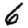
Digit: 6